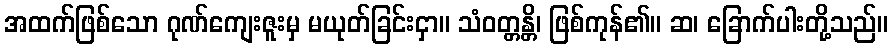
အထက်ဖြစ်သော ဂုဏ်ကျေးဇူးမှ မယုတ်ခြင်းငှာ။ သံဝတ္တန္တိ၊ ဖြစ်ကုန်၏။ ဆ၊ ခြောက်ပါးတို့သည်။